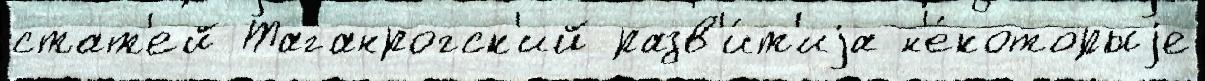
стат'ей Таганрогск'ий разв'и́т'иjа н'е́которыjе